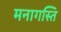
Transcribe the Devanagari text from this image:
मनागस्ति